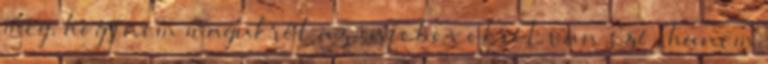
meg, hogy nem magukról az infoboxokról van szó, hanem